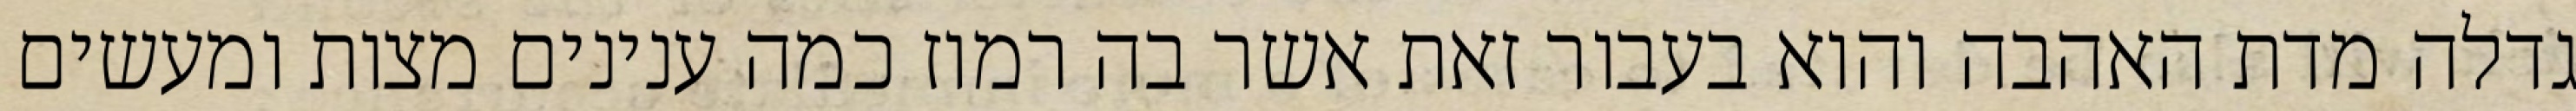
גדלה מדת האהבה והוא בעבור זאת אשר בה רמוז כמה ענינים מצות ומעשים